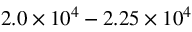
2 . 0 \times 1 0 ^ { 4 } - 2 . 2 5 \times 1 0 ^ { 4 }